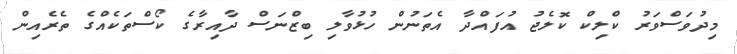
މިދުވަސްވަރު ކްލިކް ކޮލެޖު އުފައްދާ އެތަނުން ހުޅުވާލި ބިޒްނަސް ދާއިރާގެ ކޯސްތަކެއްގެ ތެރެއިން